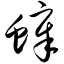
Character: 蟑